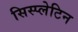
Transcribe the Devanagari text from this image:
सिस्प्लेटिन